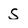
Character: S